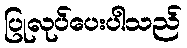
ပြုလုပ်ပေးပါသည်